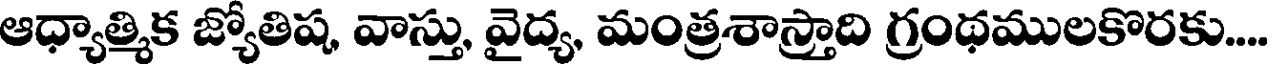
ఆధ్యాత్మిక జ్యోతిష, వాస్తు, వైద్య, మంత్రశాస్త్రాది గ్రంథములకొరకు....